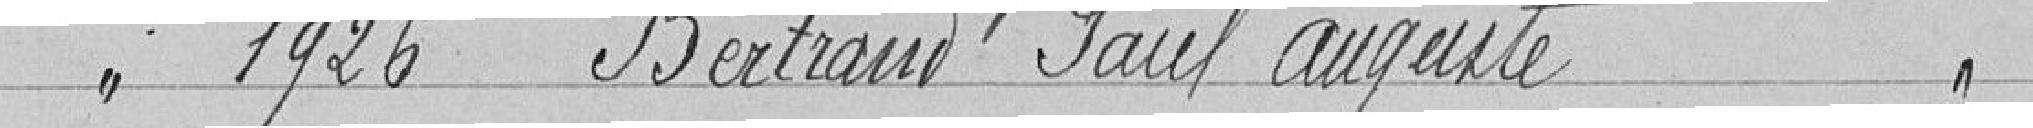
Classe 1926 BERTRAND Paul Auguste, continuation de ses études